Tezpur Lunatic Asylum reports 1895-1904 - 1895-1904
Year: 1895
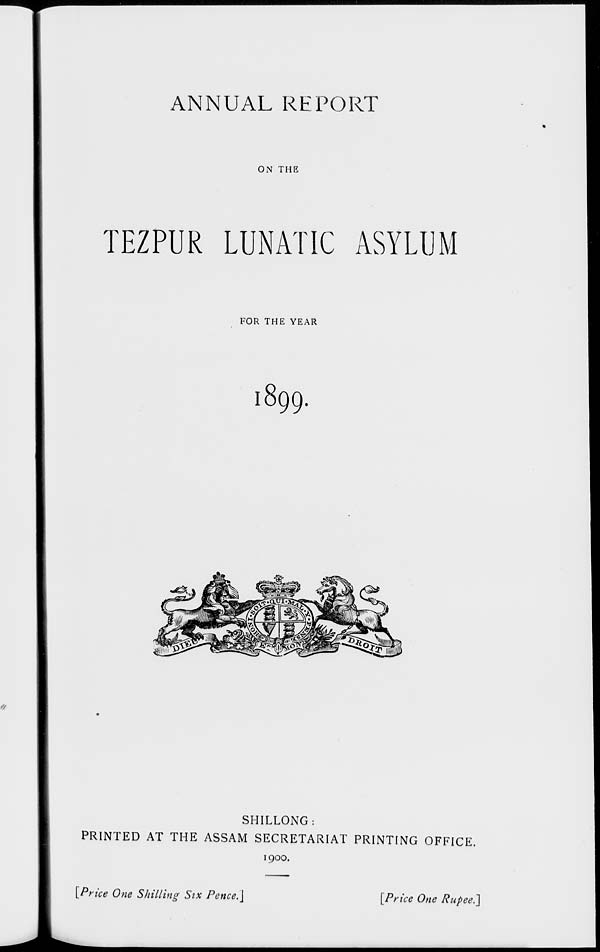
ANNUAL REPORT
ON THE
TEZPUR LUNATIC ASYLUM
FOR THE YEAR
l899.
SHILLONG:
PRINTED AT THE ASSAM SECRETARIAT PRINTING OFFICE.
1900.
[Price One Shilling Six Pence.]
[Price One Rupee.]